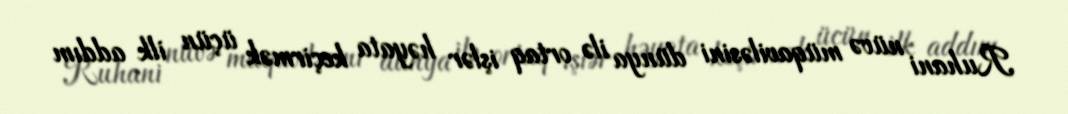
Ruhani nüvə müqaviləsini dünya ilə ortaq işlər həyata keçirmək üçün ilk addım